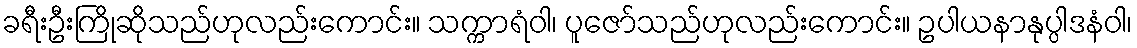
ခရီးဦးကြိုဆိုသည်ဟုလည်းကောင်း။ သက္ကာရံဝါ၊ ပူဇော်သည်ဟုလည်းကောင်း။ ဥပါယနာနုပ္ပါဒနံဝါ၊